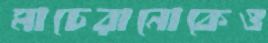
মাচেরানোকেও